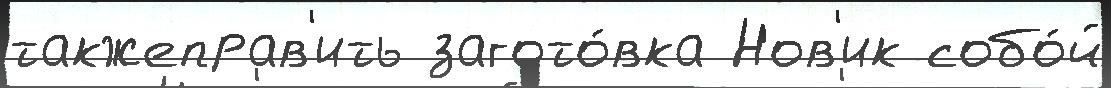
такжеправ'ить загото́вка Нов'ик собо́й